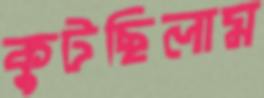
কুটছিলাম